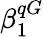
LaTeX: \beta_{1}^{qG}